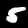
Digit: 5